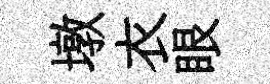
墩衣眼